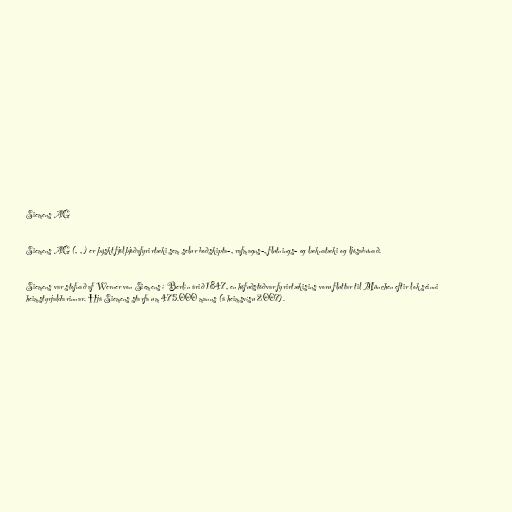
Siemens AG

Siemens AG (, , ) er þýskt fjölþjóðafyrirtæki sem selur boðskipta-, rafmagns-, flutnings- og læknatæki og ljósabúnað.

Siemens var stofnað af Werner von Siemens í Berlín árið 1847, en höfuðstöðvar fyrirtækisins voru fluttar til München eftir lok seinni
heimstyrjaldarinnar. Hjá Siemens starfa um 475.000 manns (á heimsvísu 2007).